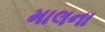
માલના